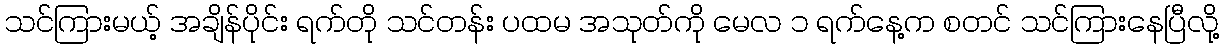
သင်ကြားမယ့် အချိန်ပိုင်း ရက်တို သင်တန်း ပထမ အသုတ်ကို မေလ ၁ ရက်နေ့က စတင် သင်ကြားနေပြီလို့